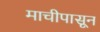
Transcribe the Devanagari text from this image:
माचीपासून